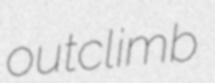
outclimb